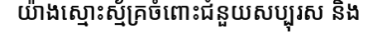
យ៉ាងស្មោះស្ម័គ្រចំពោះជំនួយសប្បុរស និង